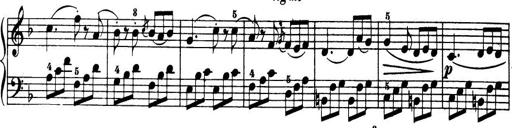
Title: 32 Sonatinas and Rondos for the Piano
Composer: Richard Kleinmichel